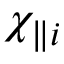
\chi _ { \parallel i }